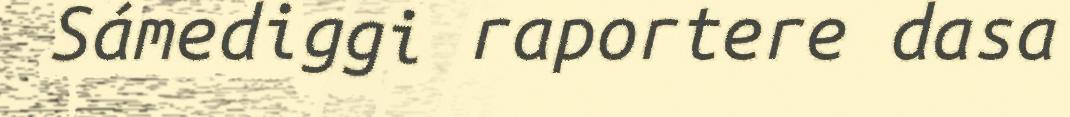
Sámediggi raportere dasa